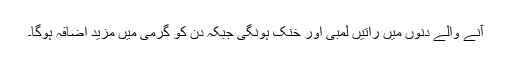
آنے والے دنوں میں راتیں لمبی اور خنک ہونگی جبکہ دن کو گرمی میں مزید اضافہ ہوگا۔